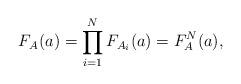
LaTeX: \begin{align*}F_{A_{}}(a) = \prod_{i=1}^{N}F_{A_{i}}(a) = F_{A}^{N}(a),\end{align*}